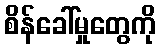
စိန်ခေါ်မှုတွေကို